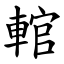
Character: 輨